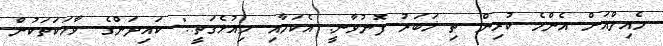
މެއިލްއަށް އެންމެ ކުރިން ތި ޚަބަރު ފޮނުވާނީ. އެކަމާއި މިއުޅެގަތީ.." ކައިދަންގެ ވާހަކަތަކުން